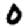
Digit: 0